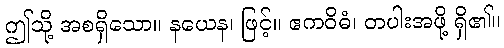
ဤသို့ အစရှိသော။ နယေန၊ ဖြင့်။ ဧကဝိဓံ၊ တပါးအဖို့ ရှိ၏။